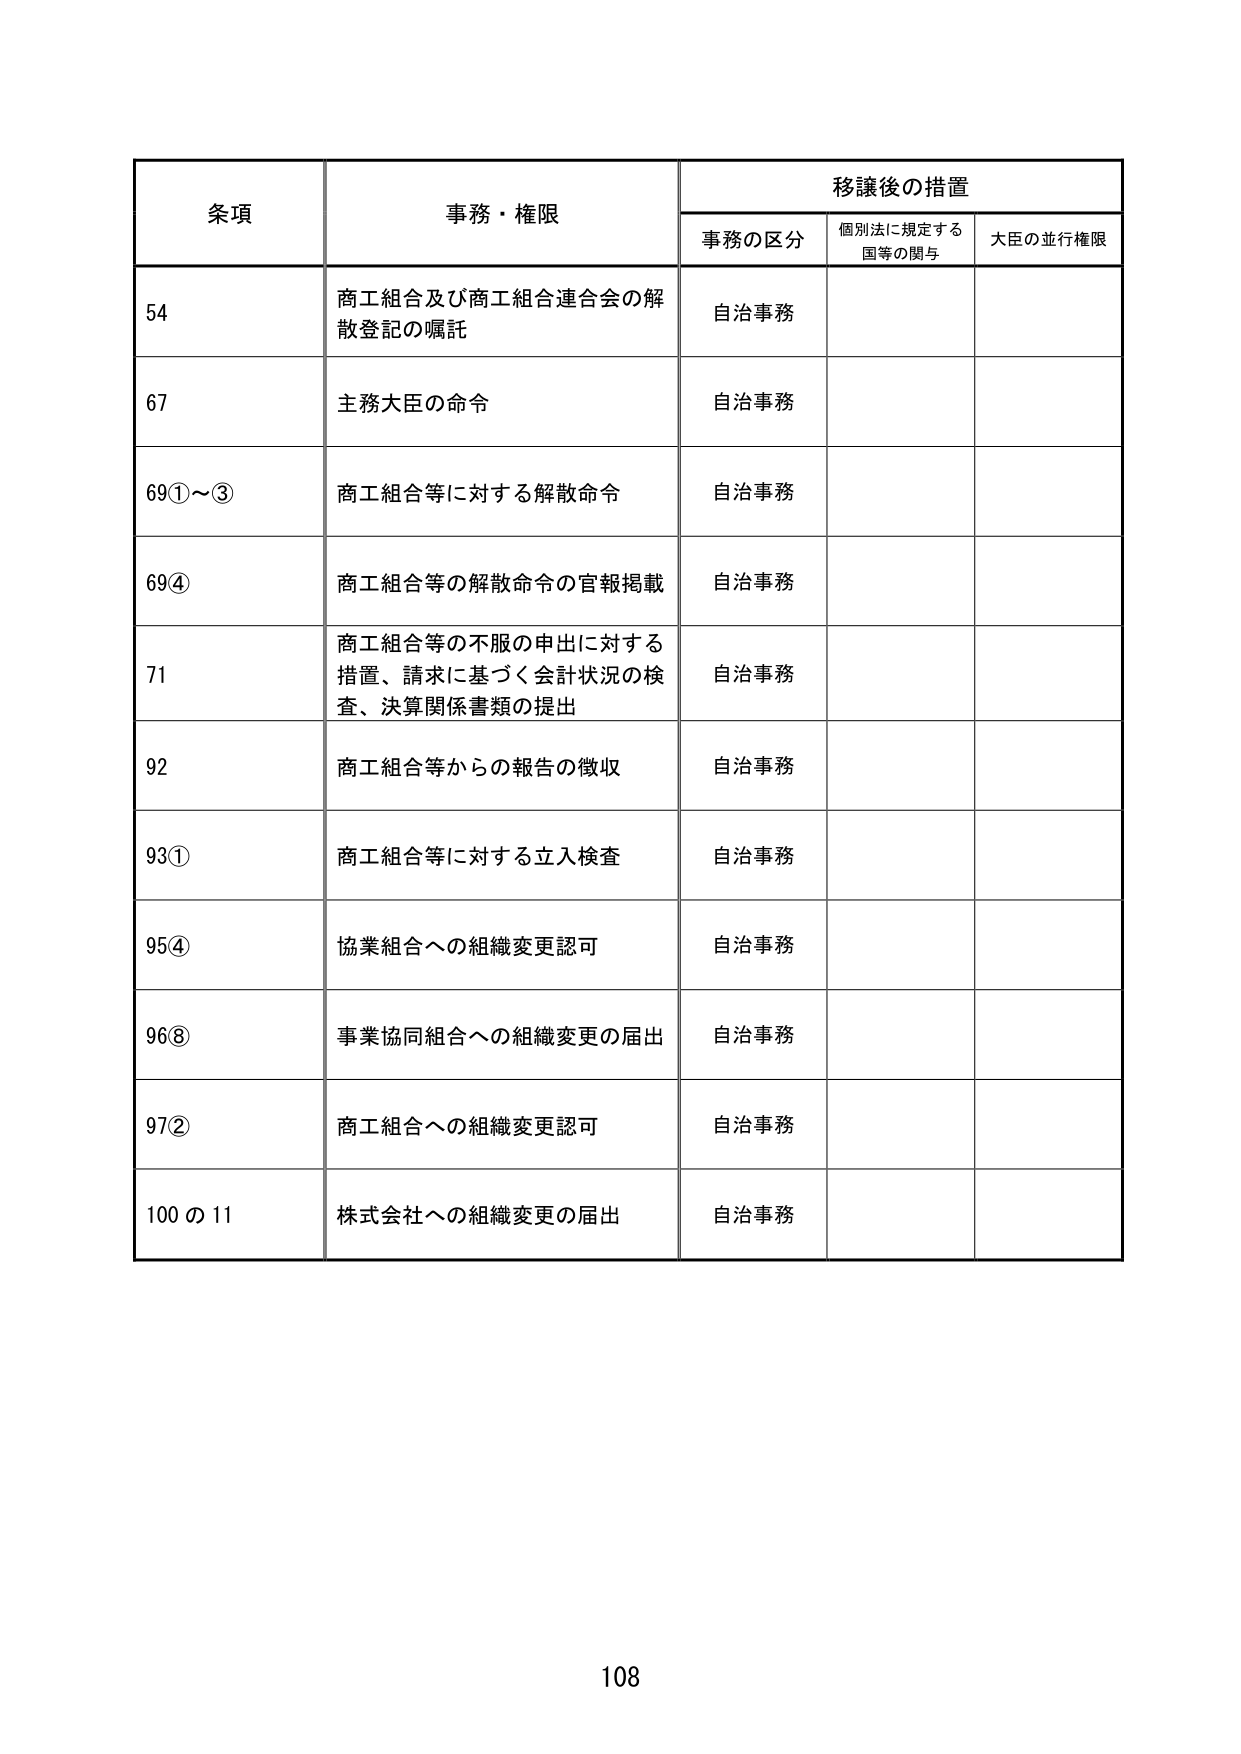
条項 事務・権限 移譲後の措置
事務の区分 個別法に規定する国等の関与 大臣の並行権限
54 商工組合及び商工組合連合会の解散登記の嘱託 自治事務
67 主務大臣の命令 自治事務
69①～③ 商工組合等に対する解散命令 自治事務
69④ 商工組合等の解散命令の官報掲載 自治事務
71 商工組合等の不服の申出に対する措置、請求に基づく会計状況の検査、決算関係書類の提出 自治事務
92 商工組合等からの報告の徴収 自治事務
93① 商工組合等に対する立入検査 自治事務
95④ 協業組合への組織変更認可 自治事務
96⑧ 事業協同組合への組織変更の届出 自治事務
97② 商工組合への組織変更認可 自治事務
100の11 株式会社への組織変更の届出 自治事務
108